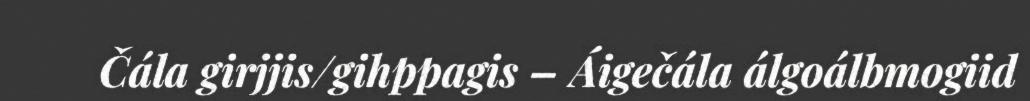
Čála girjjis/gihppagis – Áigečála álgoálbmogiid